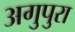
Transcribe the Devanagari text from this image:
अगुपुरा